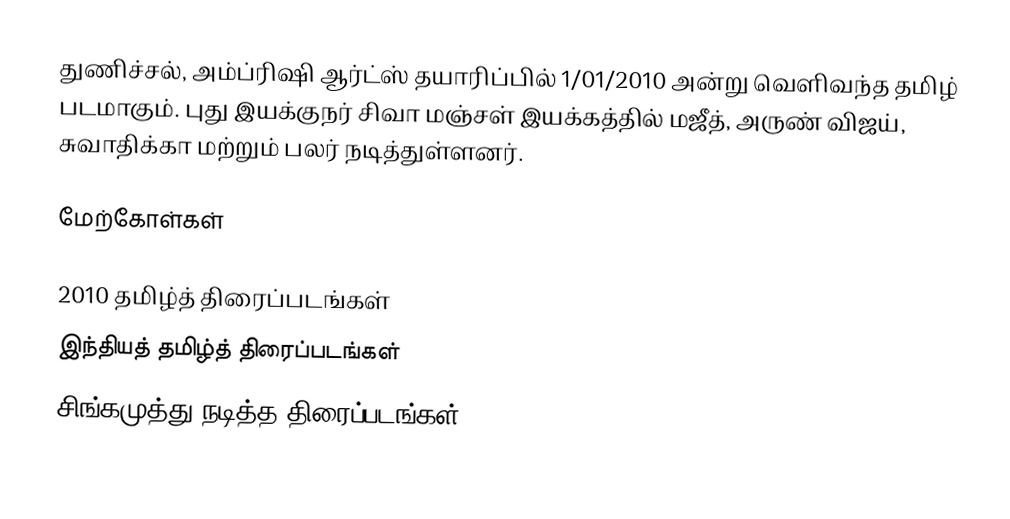
துணிச்சல், அம்ப்ரிஷி ஆர்ட்ஸ் தயாரிப்பில் 1/01/2010 அன்று வெளிவந்த தமிழ் படமாகும். புது இயக்குநர் சிவா மஞ்சள் இயக்கத்தில் மஜீத், அருண் விஜய், சுவாதிக்கா மற்றும் பலர் நடித்துள்ளனர்.

மேற்கோள்கள்

2010 தமிழ்த் திரைப்படங்கள்
இந்தியத் தமிழ்த் திரைப்படங்கள்
சிங்கமுத்து நடித்த திரைப்படங்கள்